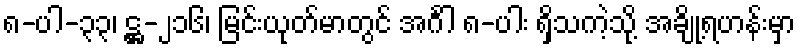
၈-ပါ-၃၃၊ ဋ္ဌ-၂၁၆၊ မြင်းယုတ်မာတွင် အင်္ဂါ ၈-ပါး ရှိသကဲ့သို့ အချို့ရဟန်းမှာ